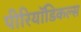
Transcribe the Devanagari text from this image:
पीरियॉडिकल्स